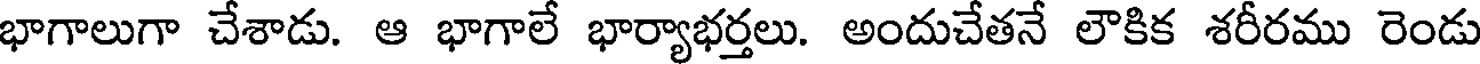
భాగాలుగా చేశాడు. ఆ భాగాలే భార్యాభర్తలు. అందుచేతనే లౌకిక శరీరము రెండు